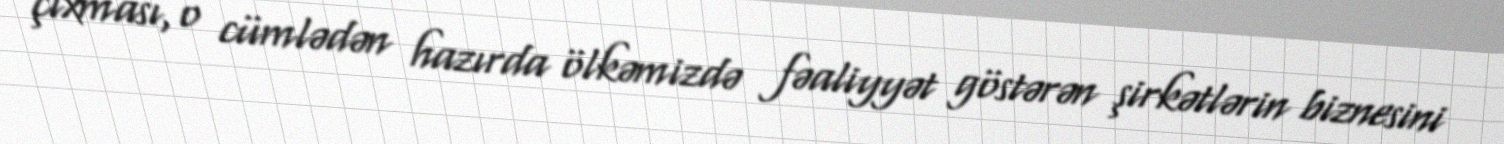
çıxması, o cümlədən hazırda ölkəmizdə fəaliyyət göstərən şirkətlərin biznesini